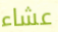
عشاء